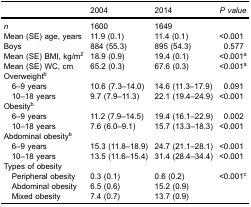
<table><thead><tr><td><b> </b></td><td><b>2004</b></td><td><b>2014</b></td><td><b><i>P value</i></b></td></tr></thead><tbody><tr><td><i>n</i></td><td>1600</td><td>1649</td><td> </td></tr><tr><td>Mean (SE) age, years</td><td>11.9 (0.1)</td><td>11.4 (0.1)</td><td>&lt;0.001</td></tr><tr><td>Boys</td><td>884 (55.3)</td><td>895 (54.3)</td><td>0.577</td></tr><tr><td>Mean (SE) BMI, kg/m<sup>2</sup></td><td>18.9 (0.9)</td><td>19.4 (0.1)</td><td>&lt;0.001<sup>a</sup></td></tr><tr><td>Mean (SE) WC, cm</td><td>65.2 (0.3)</td><td>67.6 (0.3)</td><td>&lt;0.001<sup>a</sup></td></tr><tr><td>Overweight<sup>b</sup></td><td> </td><td> </td><td> </td></tr><tr><td> 6–9 years</td><td>10.6 (7.3–14.0)</td><td>14.6 (11.3–17.9)</td><td>0.091</td></tr><tr><td> 10–18 years</td><td>9.7 (7.9–11.3)</td><td>22.1 (19.4–24.9)</td><td>&lt;0.001</td></tr><tr><td>Obesity<sup>b</sup></td><td> </td><td> </td><td> </td></tr><tr><td> 6–9 years</td><td>11.2 (7.9–14.5)</td><td>19.4 (16.1–22.9)</td><td>0.002</td></tr><tr><td> 10–18 years</td><td>7.6 (6.0–9.1)</td><td>15.7 (13.3–18.3)</td><td>&lt;0.001</td></tr><tr><td>Abdominal obesity<sup>b</sup></td><td> </td><td> </td><td> </td></tr><tr><td> 6–9 years</td><td>15.3 (11.8–18.9)</td><td>24.7 (21.1–28.1)</td><td>&lt;0.001</td></tr><tr><td> 10–18 years</td><td>13.5 (11.6–15.4)</td><td>31.4 (28.4–34.4)</td><td>&lt;0.001</td></tr><tr><td>Types of obesity</td><td> </td><td> </td><td> </td></tr><tr><td> Peripheral obesity</td><td>0.3 (0.1)</td><td>0.6 (0.2)</td><td>&lt;0.001<sup>c</sup></td></tr><tr><td> Abdominal obesity</td><td>6.5 (0.6)</td><td>15.2 (0.9)</td><td> </td></tr><tr><td> Mixed obesity</td><td>7.4 (0.7)</td><td>13.7 (0.9)</td><td> </td></tr></tbody></table>